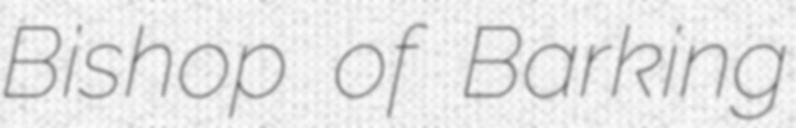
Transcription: Bishop of Barking